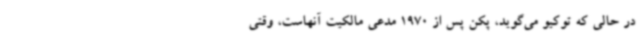
در حالی که توکیو می‌گوید، پکن پس از 1970 مدعی مالکیت آنهاست، وقتی